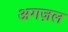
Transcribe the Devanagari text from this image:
अगज़ल